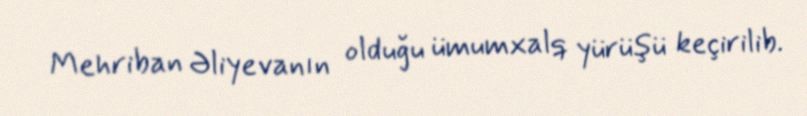
Mehriban Əliyevanın olduğu ümumxalq yürüşü keçirilib.